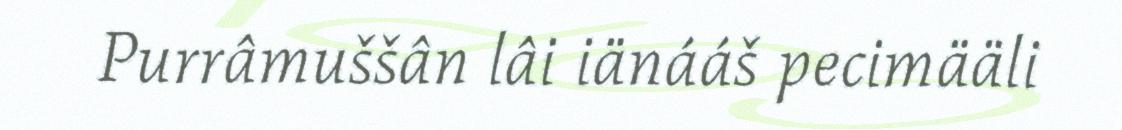
Purrâmuššân lâi iänááš pecimääli